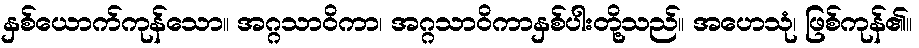
နှစ်ယောက်ကုန်သော။ အဂ္ဂသာဝိကာ၊ အဂ္ဂသာဝိကာနှစ်ပါးတို့သည်။ အဟေသုံ၊ ဖြစ်ကုန်၏။